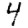
Digit: 4